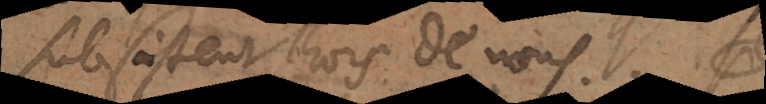
subsistent hors de nous. P.